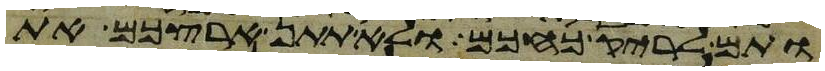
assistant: ותם לריק כחכם ולא תתן ארצכם את